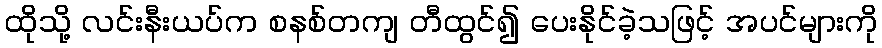
ထိုသို့ လင်းနီးယပ်က စနစ်တကျ တီထွင်၍ ပေးနိုင်ခဲ့သဖြင့် အပင်များကို